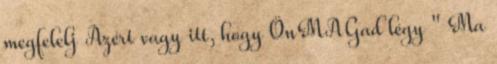
megfelelj Azért vagy itt, hogy ÖnMAGad légy " Ma